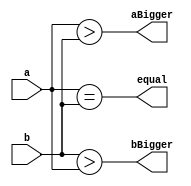
module oneBitComparator(input a, b,
			output aBigger, equal, bBigger);
	assign aBigger = (a > b);
	assign bBigger = (b > a);
	assign equal = (a == b);
endmodule